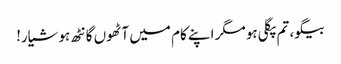
بیگو، تم پگلی ہو مگر اپنے کام میں آٹھوں گانٹھ ہوشیار!